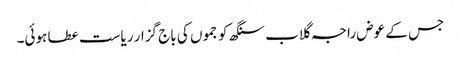
جس کے عوض راجہ گلاب سنگھ کو جموں کی باج گزار ریاست عطا ہوئی۔